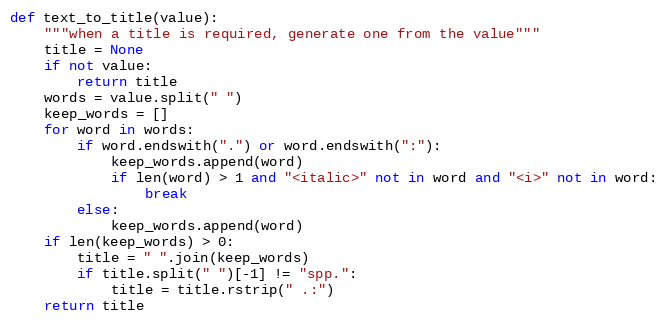
Language: Python
def text_to_title(value):
    """when a title is required, generate one from the value"""
    title = None
    if not value:
        return title
    words = value.split(" ")
    keep_words = []
    for word in words:
        if word.endswith(".") or word.endswith(":"):
            keep_words.append(word)
            if len(word) > 1 and "<italic>" not in word and "<i>" not in word:
                break
        else:
            keep_words.append(word)
    if len(keep_words) > 0:
        title = " ".join(keep_words)
        if title.split(" ")[-1] != "spp.":
            title = title.rstrip(" .:")
    return title